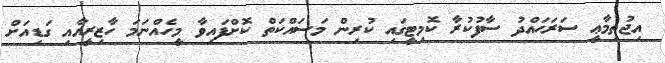
އިޖުތިމާޢީ ސަރަޙައްދު ސާފުކުރާ ކޮމިޓީގައި ކުރިން މަސައްކަތް ކޮށްފައިވާ މީހެއްނަމަ ހާޒިރީއާއި ގަޑިއަށް